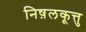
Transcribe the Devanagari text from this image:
निष़लकूत्तु